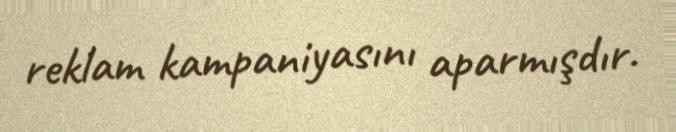
reklam kampaniyasını aparmışdır.